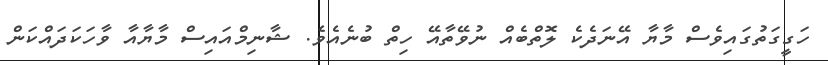
ހަގީގަތުގައިވެސް މާޔާ އޭނަދެކެ ލޮތްބެއް ނުވޭތާއޭ ހިތް ބުނެއެވެ. ޝާނިމްއައިސް މާޔާއާ ވާހަކަދައްކަން